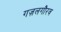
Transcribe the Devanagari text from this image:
गज़लगौरव